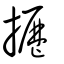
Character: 攊